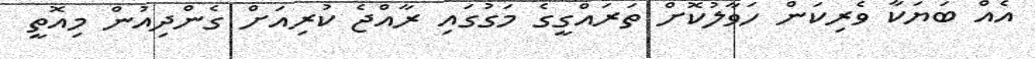
އެއް ބަޔަކާ ވެރިކަން ހަވާލުކޮށް ތަރައްގީގެ މަގުގައި ރާއްޖެ ކުރިއަށް ގެންދިއުން މިއޮތީ